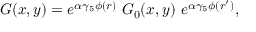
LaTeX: { \cal G } ( x , y ) = e ^ { \alpha \gamma _ { 5 } \phi ( r ) } \ { \cal G } _ { 0 } ( x , y ) \ e ^ { \alpha \gamma _ { 5 } \phi ( r ^ { \prime } ) } ,